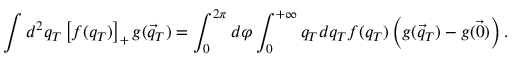
\int d ^ { 2 } q _ { T } \left[ f ( q _ { T } ) \right] _ { + } g ( \vec { q } _ { T } ) = \int _ { 0 } ^ { 2 \pi } d \varphi \int _ { 0 } ^ { + \infty } q _ { T } d q _ { T } f ( q _ { T } ) \left( g ( \vec { q } _ { T } ) - g ( \vec { 0 } ) \right) .